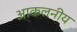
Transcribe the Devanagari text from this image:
आकलनीय